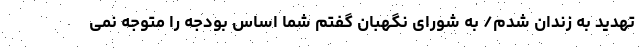
تهدید به زندان شدم/ به شورای نگهبان گفتم شما اساس بودجه را متوجه نمی